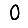
Digit: 0